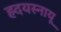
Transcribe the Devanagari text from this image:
ह्र्दयस्नायू